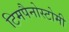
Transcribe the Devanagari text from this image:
टिमपैनोस्टोमी